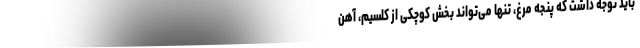
باید توجه داشت که پنجه مرغ، تنها می‌تواند بخش کوچکی از کلسیم، آهن